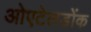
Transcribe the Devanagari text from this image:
ओएटेलडोंक